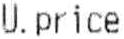
U.PRICE